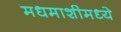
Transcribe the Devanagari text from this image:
मधमाशीमध्ये